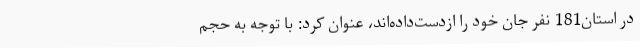
در استان181 نفر جان خود را ازدست‌داده‌اند، عنوان کرد: با توجه به حجم